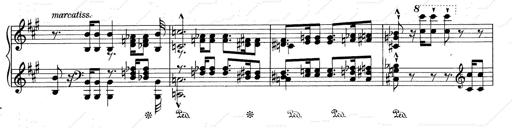
Title: RÃ©miniscences de Don Juan
Composer: Franz Liszt